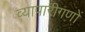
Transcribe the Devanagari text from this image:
व्यापारीगणों